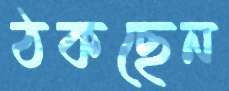
ঠকছেন